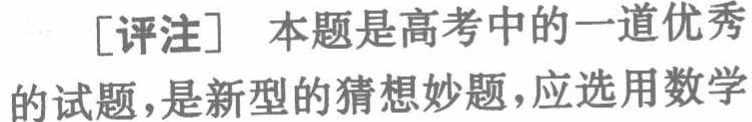
[评注] 本题是高考中的一道优秀的试题，是新型的猜想妙题，应选用数学